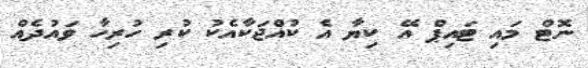
ނޮޓް މައި ޓައިޕް އޭ ކިޔާ އެ ކުއްޖަކާއެކު ކުރި ހުރިހާ ވައުދެއް